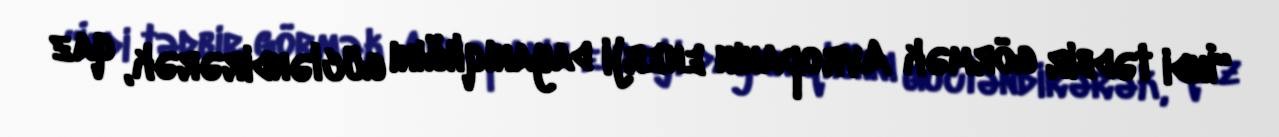
“İndi tədbir görmək Avropanın enerji dayanıqlığını gücləndirərək, qaz